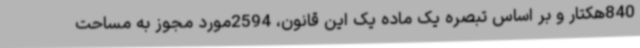
840هکتار و بر اساس تبصره یک ماده یک این قانون، 2594مورد مجوز به مساحت